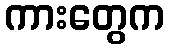
ကားတွေက